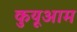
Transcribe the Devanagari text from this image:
कुयूआम